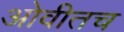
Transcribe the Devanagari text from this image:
ओवीतच